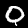
Label: 0